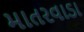
માતરવાડા